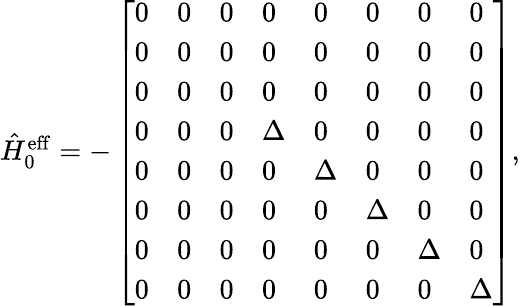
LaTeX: \begin{array}{r}{\hat{H}_{0}^{\mathrm{eff}}=-\left[\begin{array}{llllllll}{0}&{0}&{0}&{0}&{0}&{0}&{0}&{0}\\ {0}&{0}&{0}&{0}&{0}&{0}&{0}&{0}\\ {0}&{0}&{0}&{0}&{0}&{0}&{0}&{0}\\ {0}&{0}&{0}&{\Delta}&{0}&{0}&{0}&{0}\\ {0}&{0}&{0}&{0}&{\Delta}&{0}&{0}&{0}\\ {0}&{0}&{0}&{0}&{0}&{\Delta}&{0}&{0}\\ {0}&{0}&{0}&{0}&{0}&{0}&{\Delta}&{0}\\ {0}&{0}&{0}&{0}&{0}&{0}&{0}&{\Delta}\end{array}\right],}\end{array}